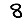
Digit: 8